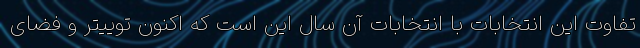
تفاوت این انتخابات با انتخابات آن سال این است که اکنون توییتر و فضای